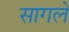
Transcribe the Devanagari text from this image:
सागले